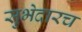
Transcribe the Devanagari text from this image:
सुभेदारच